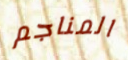
المناجم